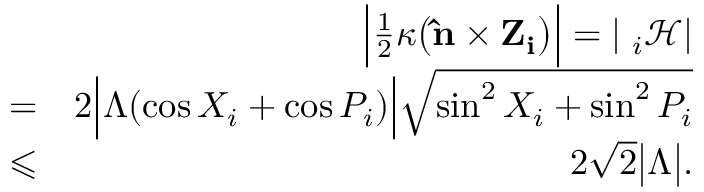
\begin{array} { r l r } & { } & { \Big | \frac { 1 } { 2 } \kappa \big ( { \bf \hat { n } } \times { \bf Z _ { i } } \big ) \Big | = | { \bf \nabla } _ { i } \mathcal { H } | } \\ & { = } & { 2 \Big | \Lambda ( \cos X _ { i } + \cos P _ { i } ) \Big | \sqrt { \sin ^ { 2 } X _ { i } + \sin ^ { 2 } P _ { i } } } \\ & { \leqslant } & { 2 \sqrt { 2 } \big | \Lambda \big | . } \end{array}